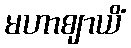
မဟာဈာယိံ